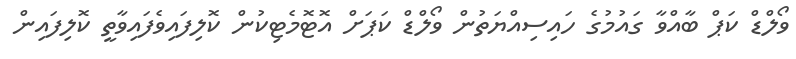
ވޯލްޑް ކަޕް ބާއްވާ ގައުމުގެ ހައިސިއްޔަތުން ވޯލްޑް ކަޕަށް އޮޓޮމެޓިކުން ކޮލިފައިވެފައިވާތީ ކޮލިފައިން